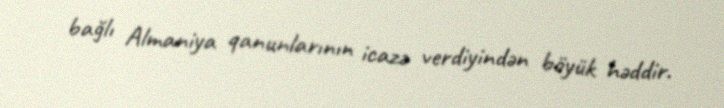
bağlı Almaniya qanunlarının icazə verdiyindən böyük həddir.